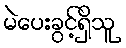
မဲပေးခွင့်ရှိသူ